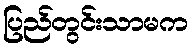
ပြည်တွင်းသာမက